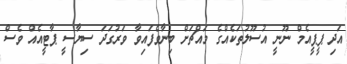
އަދި ޕީޕީއެމް ނޫނީ އުސޫލުތަކެއްގެ މައްޗަށް ބިނާވެފައިވާ ވަރުގަދަ ސިޔާސީ ޕާޓީއެއް ވެސް